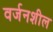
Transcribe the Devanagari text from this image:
वर्जनशील